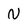
Character: n